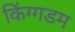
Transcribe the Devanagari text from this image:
किंग्गडम